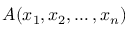
A ( x _ { 1 } , x _ { 2 } , \ldots , x _ { n } )